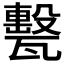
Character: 𤮛